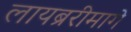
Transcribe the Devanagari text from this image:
लायब्ररीमागे